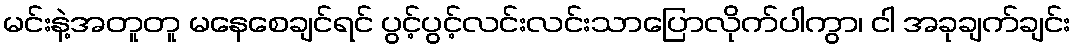
မင်းနဲ့အတူတူ မနေစေချင်ရင် ပွင့်ပွင့်လင်းလင်းသာပြောလိုက်ပါကွာ၊ ငါ အခုချက်ချင်း